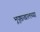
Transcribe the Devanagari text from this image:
भूपृष्ठाखालच्या